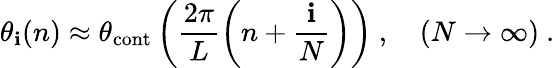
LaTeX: \theta_{\mathbf{i}}(n)\approx\theta_{\mathrm{{cont}}}\left(\frac{{2\pi}}{{L}}\left(n+\frac{{\mathbf{i}}}{{N}}\right)\right)\ ,\quad(N\to\infty)\ .